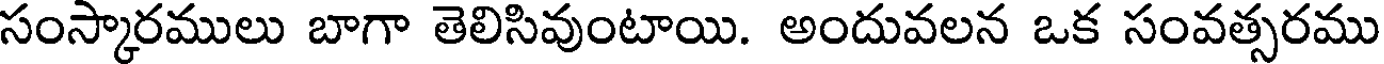
సంస్కారములు బాగా తెలిసివుంటాయి. అందువలన ఒక సంవత్సరము